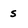
Character: s